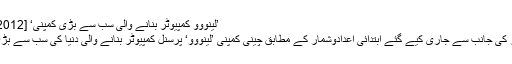
’لینووو کمپیوٹر بنانے والی سب سے بڑی کمپنی‘ [Editor ] 11-12-2012
ریسرچ کمپنی گارٹنر کی جانب سے جاری کیے گئے ابتدائی اعدادوشمار کے مطابق چینی کمپنی ’لینووو‘ پرسنل کمپیوٹر بنانے والی دنیا کی سب سے بڑی کمپنی بن گئی ہے۔